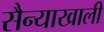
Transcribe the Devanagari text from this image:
सैन्याखाली